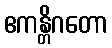
ဧကန္တိဂတော